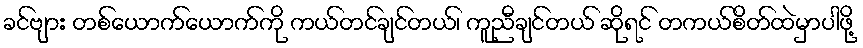
ခင်ဗျား တစ်ယောက်ယောက်ကို ကယ်တင်ချင်တယ်၊ ကူညီချင်တယ် ဆိုရင် တကယ်စိတ်ထဲမှာပါဖို့